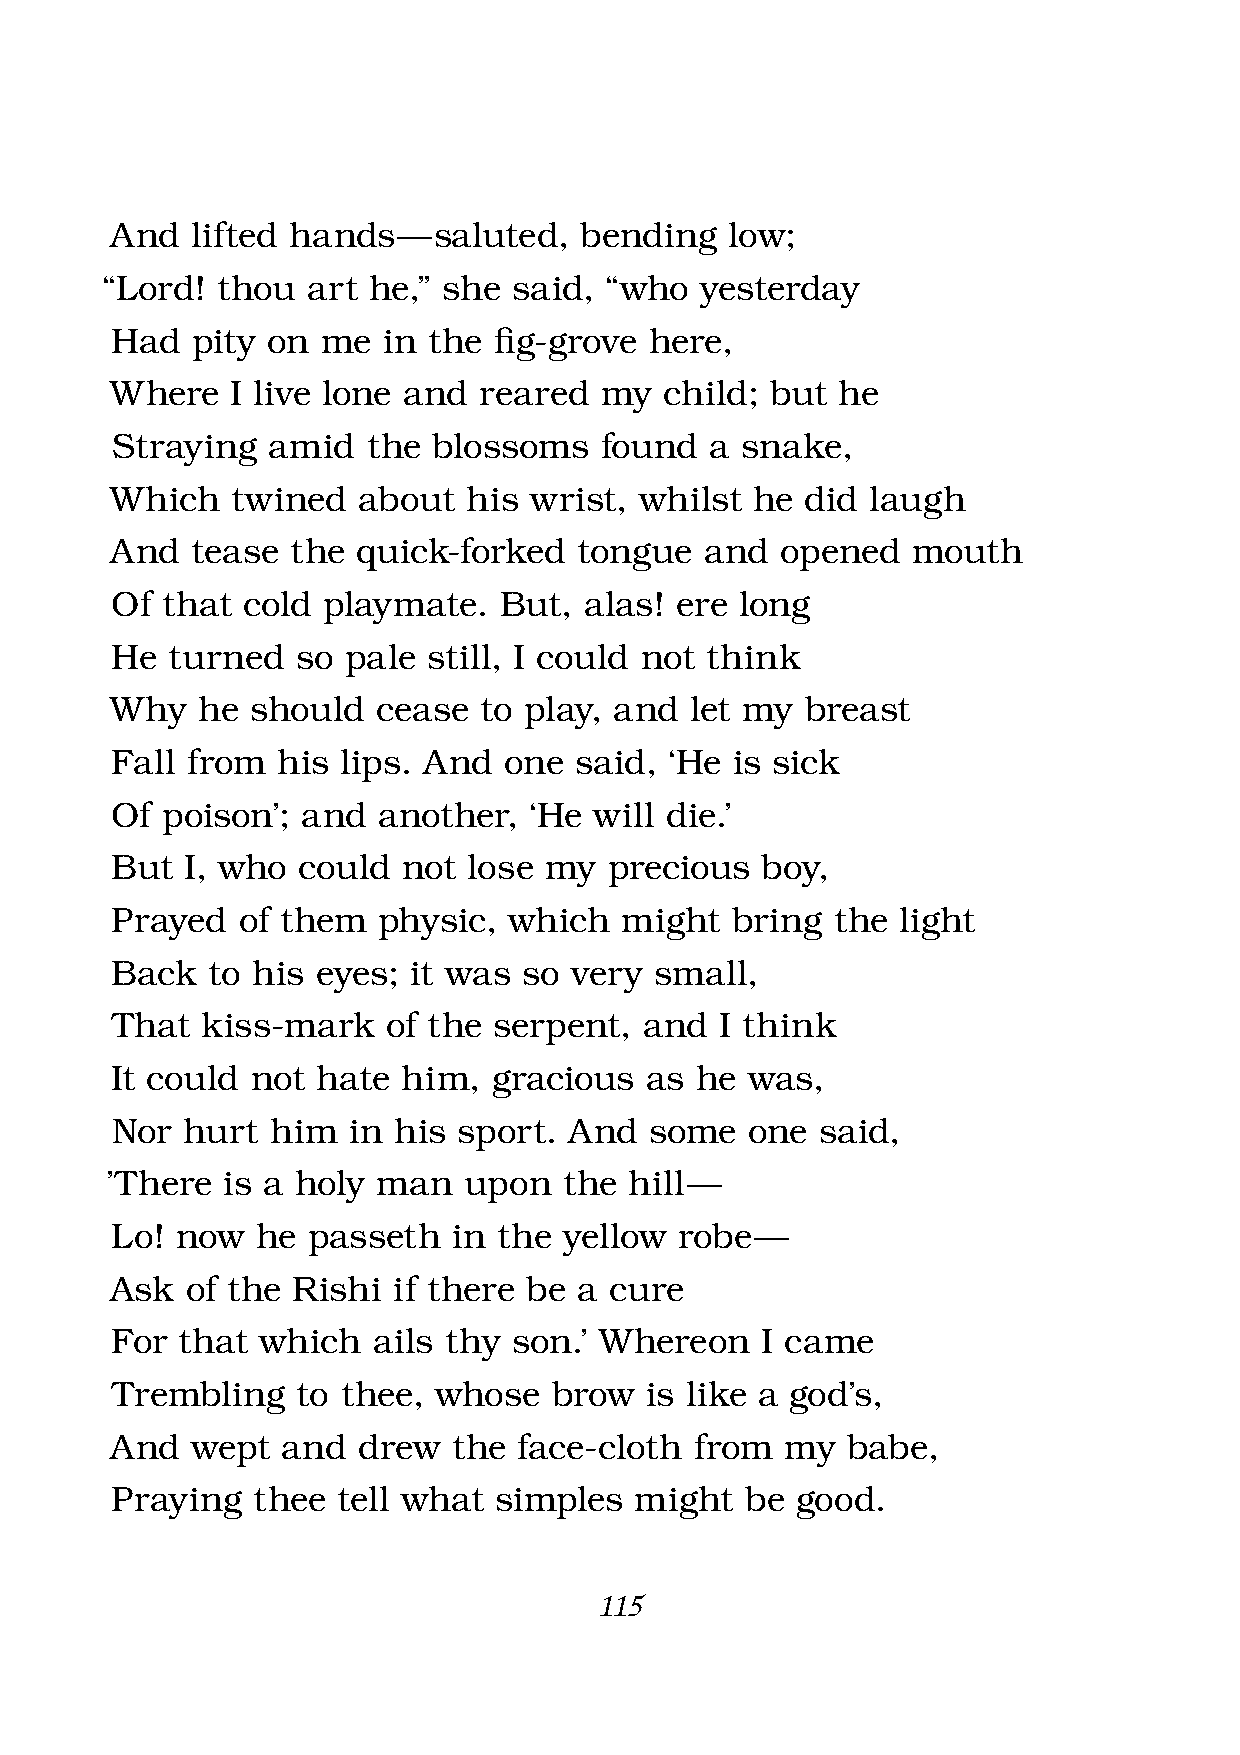
And   lifted hands —  saluted, bending   low;
 “Lord! thou  art he,” she  said, “who  yesterday
 Had   pity on me  in the  fi g-grove here,
 Where   I live lone and  reared  my  child; but he
 Straying   amid  the  blossoms   found  a snake,
 Which   twined   about  his wrist, whilst  he did  laugh
 And   tease the  quick-forked  tongue   and  opened  mouth
 Of  that cold playmate.   But,  alas! ere long
 He  turned   so pale still, I could not think
 Why   he  should  cease  to play, and  let my breast
 Fall from  his  lips. And one  said, ‘He is sick
 Of  poison’; and  another,  ‘He will die.’
 But  I, who  could  not lose my  precious  boy,
 Prayed   of them  physic,  which  might  bring  the  light
 Back   to his eyes; it was  so very small,
 That  kiss-mark    of the serpent,  and  I think
 It could  not hate  him,  gracious  as he was,
 Nor  hurt  him  in his sport.  And  some   one said,
 ’There  is a holy man   upon  the  hill —
 Lo!  now  he passeth   in the yellow  robe —
 Ask  of the Rishi  if there be a cure
 For  that which   ails thy son.’ Whereon   I came
 Trembling    to thee, whose   brow  is like a god’s,
 And   wept  and  drew  the face-cloth  from  my  babe,
 Praying   thee tell what  simples  might  be  good.
 115